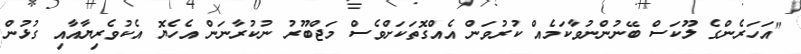
"އަހަރެންގެ ލޫކަސް ބޭނުންނުވާކަމެއް ކުރުވަން އެއްގޮތަކަށްވެސް މަޖްބޫރު ނުކުރާނަން އެހެޔޮ އެކުވެރިޔާއާއި ގުޅުން